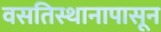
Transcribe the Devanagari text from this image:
वसतिस्थानापासून